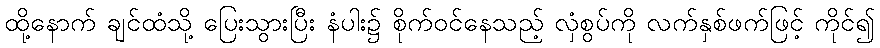
ထို့နောက် ချင်ထံသို့ ပြေးသွားပြီး နံပါး၌ စိုက်ဝင်နေသည့် လှံစွပ်ကို လက်နှစ်ဖက်ဖြင့် ကိုင်၍